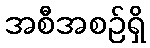
အစီအစဉ်ရှိ